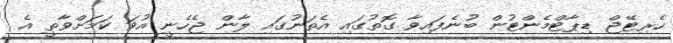
ހެރިޓޭޖް ޑިޕާޓްމެންޓުން ބުނެފައިވާ ގޮތުގައި އެތަނުގައި ލާން ޖެހެނީ އުވަ ކަމަށްވާތީ އެ